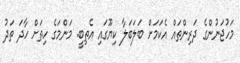
މަހުޖަނުންގެ ދަރިންތައް އެކަމަށް ބަލަބަލާ ކިޔޫގައި އެތިބީ. މަންމަގެ ހިތަށް ހާދަ ތަދު